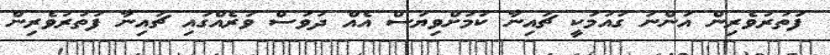
ފަތުރުވެރިން އަންނަ ގައުމަކީ ޗައިނާ ކަމަށްވިޔަސް އެއް ދުވަސް ވަރެއްގައި ޗައިނާ ފަތުރުވެރިން